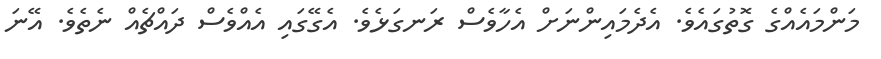
މަންމައެއްގެ ގޮތުގައެވެ. އެދެމައިންނަށް އެހާވެސް ރަނގަޅެވެ. އެގޭގައި އެއްވެސް ދައްޗެއް ނެތެވެ. އޭނަ